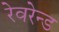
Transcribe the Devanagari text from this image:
रेवरेन्ड